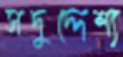
সদুদ্দেশ্য